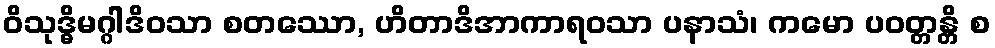
ဝိသုဒ္ဓိမဂ္ဂါဒိဝသာ စတဿော, ဟိတာဒိအာကာရဝသာ ပနာသံ၊ ကမော ပဝတ္တန္တိ စ